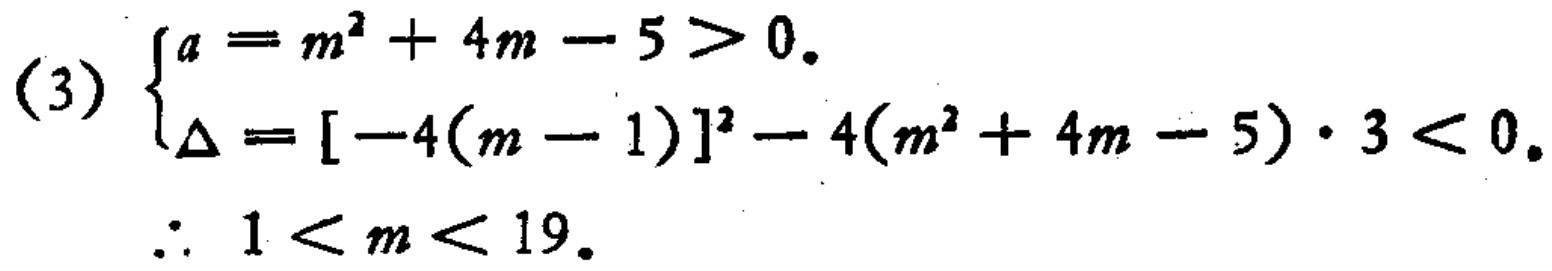
(3) \(\begin{cases}
a = m^{2}+4m - 5>0.\\
\Delta=[-4(m - 1)]^{2}-4(m^{2}+4m - 5)\cdot3<0.
\end{cases}\)
\(\therefore 1 < m < 19.\)